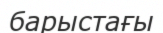
барыстағы